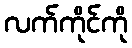
လက်ကိုင်ကို